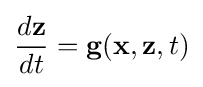
{\frac {d\mathbf {z} }{dt}}=\mathbf {g} (\mathbf {x} ,\mathbf {z} ,t)